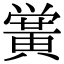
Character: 黉